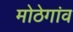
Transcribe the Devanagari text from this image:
मोठेगांव